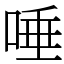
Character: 唾